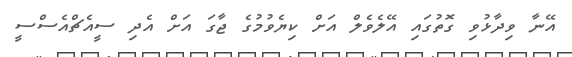
އޭނާ ވިދާޅުވި ގޮތުގައި އޭލެވެލް އަށް ކިޔެވުމުގެ ޖާގަ އަށް އެދި ސީއެޗްއެސްސީ